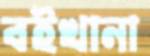
বইখানা